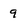
Character: 9